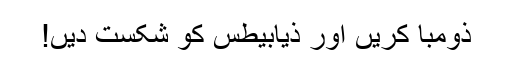
ذومبا کریں اور ذیابیطس کو شکست دیں!